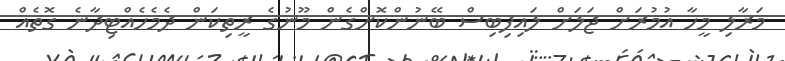
މަރާލި މީހާ އުމުރަށް ޖަލަށް ލައިފިބިސް ބޭނުންކޮށްގެން މޫނުގެ ރީތިކަން ދެމެހެއްޓިދާނެ ގޮތެއް